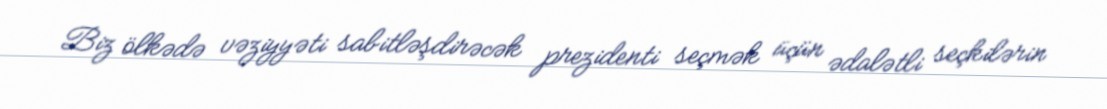
Biz ölkədə vəziyyəti sabitləşdirəcək prezidenti seçmək üçün ədalətli seçkilərin